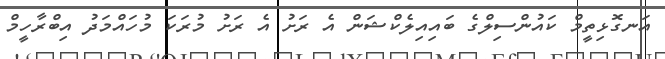
އަނގޮޅިތީމް ކައުންސިލްގެ ބައިއިލެކްޝަން އެ ރަށު އެ ރަށު މުރަކަ މުހައްމަދު އިބްރާހީމް